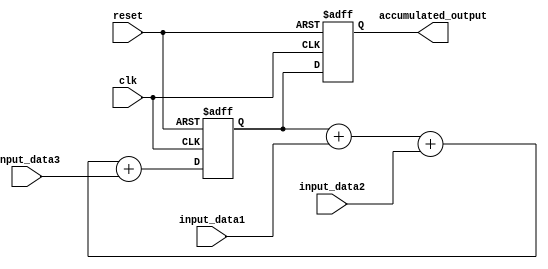
module parallel_accumulator (
    input wire clk,
    input wire reset,
    input wire [7:0] input_data1,
    input wire [7:0] input_data2,
    input wire [7:0] input_data3,
    output reg [15:0] accumulated_output
);

reg [15:0] accumulator_value;

always @(posedge clk or posedge reset) begin
    if (reset) begin
        accumulator_value <= 16'h0000;
        accumulated_output <= 16'h0000;
    end else begin
        accumulator_value <= accumulator_value + input_data1 + input_data2 + input_data3;
        accumulated_output <= accumulator_value;
    end
end

endmodule